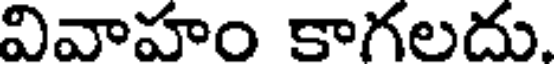
వివాహం కాగలదు.